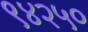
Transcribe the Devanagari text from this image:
९४२५०